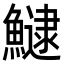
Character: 𩻸